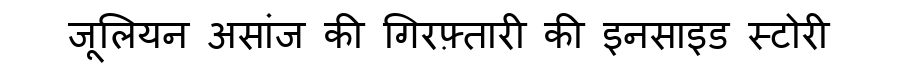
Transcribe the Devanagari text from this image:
जूलियन असांज की गिरफ़्तारी की इनसाइड स्टोरी